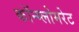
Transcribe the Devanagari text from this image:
कॉन्ग्लोमरेट